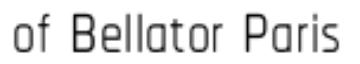
of Bellator Paris